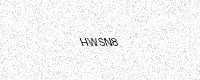
Text: HWSN8